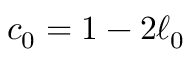
c _ { 0 } = 1 - 2 \ell _ { 0 }